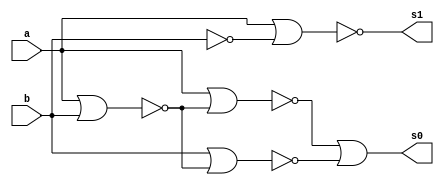
// ---------------------
// Exemplo 05_05 - DIFERENCA COMPLETA 2 BITS com NOR
// Nome: Jlio Czar Taveira Arajo
// ---------------------

// ---------------------
// -- DIFERENCA COMPLETA
// ---------------------

module meiaDiferenca (s0, s1, a, b);

 output s0,s1;
 input a, b;
 wire w1, w2, w3, w4, w5;
 
nor NAND1 (s0,w1,w1);
nor NAND2 (w1,w2,w3);
nor NAND3 (w2,a,w4);
nor NAND4 (w3,b,w4);
nor NAND5 (w4,a,b);
nor NAND6 (s1,a,w5);
nor NAND7 (w5,b,b);

 	
endmodule//meiaDiferenca

// ---------------------
// --Diferenca-Completa
// ---------------------

module diferencaCompleta (s0, s1, a, b, vemum);

input a, b, vemum;
output s0, s1;
wire w1, w2, w3, w4; 

meiaDiferenca DC1 (w1,w2,a,b);
meiaDiferenca DC2 (s0,w3,w1,vemum);
nor NOR1 (w4,w3,w2);
nor NOR2 (s1,w4,w4);
//or (s1,v2,v);

endmodule//difrencaCompleta

// ---------------------
// --Diferenca-2bits
// ---------------------

module diferenca (s0, s1, a0, a1, b0, b1);

input a0, a1, b0, b1;
output s0, s1;
wire w1, w2;

meiaDiferenca d1 (s0, w1, a0, b0);
diferencaCompleta d2 (s1, w2, a1, b1, w1);


endmodule//diferenca



module testediferenca;

reg a0, a1, b0, b1;
wire s0, s1;

diferenca D1 (s0, s1, a0, a1, b0, b1);

  
  initial begin:start
   a0=0; a1=0; b0=0; b1=0; 
  end

  initial begin: main
 
    $display("Exercicio 05-05 - Julio Cezar Taveira Araujo - 380776");
         $display("Test DifenrecaCompleta 2 bits com nors");  
      	$display("aa - bb = s0s1");   
	      $monitor("%b%b - %b%b = %b%b",a1, a0, b1, b0, s1, s0);
   
	 
   #1 a0=0; a1=0; b0=0; b1=0; 
	#1 a0=0; a1=0; b0=0; b1=1;
	#1 a0=0; a1=0; b0=1; b1=0;
	#1 a0=0; a1=0; b0=1; b1=1;
   #1 a0=0; a1=1; b0=0; b1=0;
	#1 a0=0; a1=1; b0=0; b1=1;
   #1 a0=0; a1=1; b0=1; b1=0; 
	#1 a0=0; a1=1; b0=1; b1=1;
   #1 a0=1; a1=0; b0=0; b1=0;
	#1 a0=1; a1=0; b0=0; b1=1;
   #1 a0=1; a1=0; b0=1; b1=0;
   #1 a0=1; a1=0; b0=1; b1=1;
	#1 a0=1; a1=1; b0=0; b1=0;
	#1 a0=1; a1=1; b0=0; b1=1;
	#1 a0=1; a1=1; b0=1; b1=0;
	#1 a0=1; a1=1; b0=1; b1=1;
	
  
    
  end
endmodule